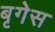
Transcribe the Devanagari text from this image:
बृगेस